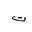
Letter: _ta